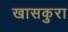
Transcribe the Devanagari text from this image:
खासकुरा